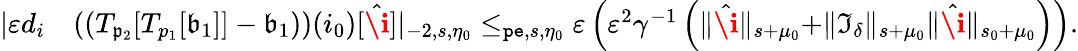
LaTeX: \begin{array}{rl}{|\varepsilon d_{i}}&{\left(\left(T_{\mathfrak{p}_{2}}[T_{p_{1}}[\mathfrak{b}_{1}]]-\mathfrak{b}_{1}\right)\right)(i_{0})[\hat{\textbf{\i}}]|_{-2,s,\eta_{0}}\le_{\mathtt{pe},s,\eta_{0}}\varepsilon\left(\varepsilon^{2}\gamma^{-1}\left(\rVert\hat{\textbf{\i}}\rVert_{s+\mu_{0}}+\rVert\mathfrak{I}_{\delta}\rVert_{s+\mu_{0}}\rVert\hat{\textbf{\i}}\rVert_{s_{0}+\mu_{0}}\right)\right).}\end{array}